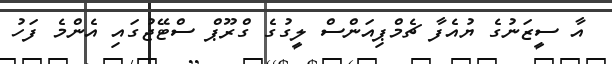
އާ ސީޒަނުގެ ޔުއެފާ ޗެމްޕިއަންސް ލީގުގެ ގްރޫޕް ސްޓޭޖުގައި އެންމެ ފަހު